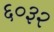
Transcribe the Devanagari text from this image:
६०३२